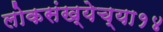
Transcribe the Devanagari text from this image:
लोकसंख्येच्या१४